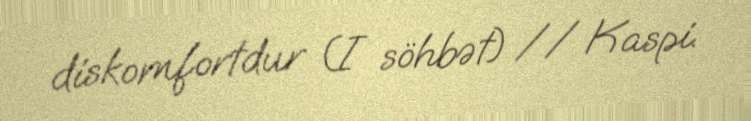
diskomfortdur (I söhbət) // Kaspi.